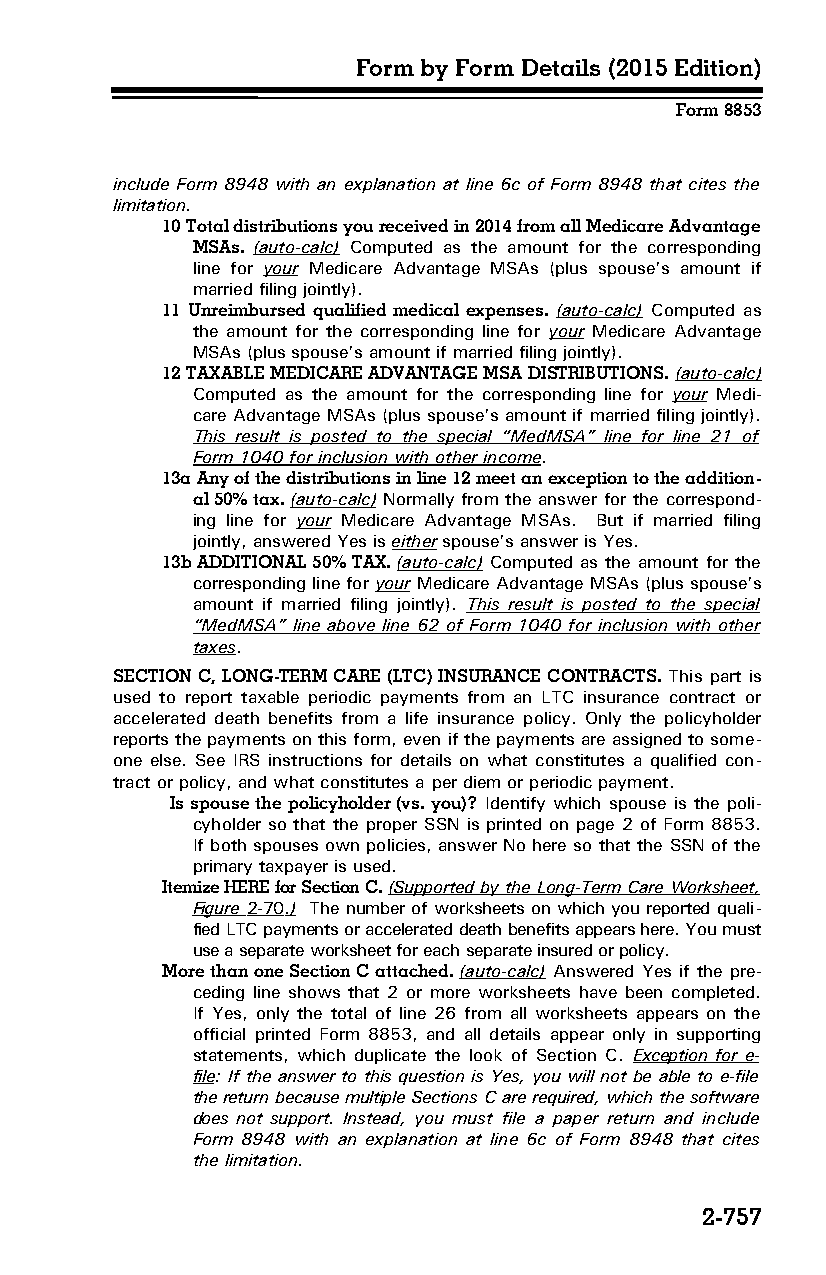
Form by Form Details (2015 Edition)
 Form 8853
 include Form 8948 with an explanation at line 6c of Form 8948 that cites the
 limitation.
 10 Total distributions you received in 2014 from all Medicare Advantage
 MSAs. (auto-calc) Computed as the amount for the corresponding
 line for your Medicare Advantage MSAs (plus spouse’s amount if
 married filing jointly).
 11 Unreimbursed qualified medical expenses. (auto-calc) Computed as
 the amount for the corresponding line for your Medicare Advantage
 MSAs (plus spouse’s amount if married filing jointly).
 12 TAXABLE MEDICARE ADVANTAGE MSA DISTRIBUTIONS. (auto-calc)
 Computed as the amount for the corresponding line for your Medi­
 care Advantage MSAs (plus spouse’s amount if married filing jointly).
 This result is posted to the special “MedMSA” line for line 21 of
 Form 1040 for inclusion with other income.
 13a Any of the distributions in line 12 meet an exception to the addition­
 al 50% tax. (auto-calc) Normally from the answer for the correspond­
 ing line for your Medicare Advantage MSAs. But if married filing
 jointly, answered Yes is either spouse’s answer is Yes.
 13b ADDITIONAL 50% TAX. (auto-calc) Computed as the amount for the
 corresponding line for your Medicare Advantage MSAs (plus spouse’s
 amount if married filing jointly). This result is posted to the special
 “MedMSA” line above line 62 of Form 1040 for inclusion with other
 taxes.
 SECTION C, LONG-TERM CARE (LTC) INSURANCE CONTRACTS. This part is
 used to report taxable periodic payments from an LTC insurance contract or
 accelerated death benefits from a life insurance policy. Only the policyholder
 reports the payments on this form, even if the payments are assigned to some­
 one else. See IRS instructions for details on what constitutes a qualified con­
 tract or policy, and what constitutes a per diem or periodic payment.
 Is spouse the policyholder (vs. you)? Identify which spouse is the poli­
 cyholder so that the proper SSN is printed on page 2 of Form 8853.
 If both spouses own policies, answer No here so that the SSN of the
 primary taxpayer is used.
 Itemize HERE for Section C. (Supported by the Long-Term Care Worksheet,
 Figure 2-70 .) The number of worksheets on which you reported quali­
 fied LTC payments or accelerated death benefits appears here. You must
 use a separate worksheet for each separate insured or policy.
 More than one Section C attached. (auto-calc) Answered Yes if the pre­
 ceding line shows that 2 or more worksheets have been completed.
 If Yes, only the total of line 26 from all worksheets appears on the
 official printed Form 8853, and all details appear only in supporting
 statements, which duplicate the look of Section C. Exception for e-
 file: If the answer to this question is Yes, you will not be able to e-file
 the return because multiple Sections C are required, which the software
 does not support. Instead, you must file a paper return and include
 Form 8948 with an explanation at line 6c of Form 8948 that cites
 the limitation.
 2-757